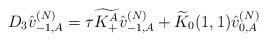
LaTeX: \begin{align*}D_{3}\hat{v}_{-1,A}^{(N)}=\tau\widetilde{K_{+}^{A}}\hat{v}_{-1,A}^{(N)}+\widetilde{K}_{0}(1,1)\hat{v}_{0,A}^{(N)}\end{align*}